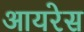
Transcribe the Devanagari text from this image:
आयरेस